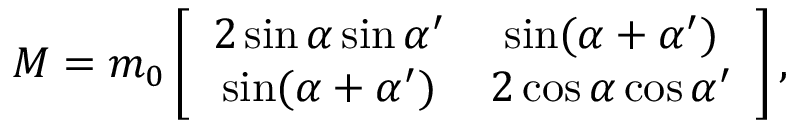
{ \cal M } = m _ { 0 } \left[ \begin{array} { c c } { { 2 \sin \alpha \sin \alpha ^ { \prime } } } & { { \sin ( \alpha + \alpha ^ { \prime } ) } } \\ { { \sin ( \alpha + \alpha ^ { \prime } ) } } & { { 2 \cos \alpha \cos \alpha ^ { \prime } } } \end{array} \right] ,